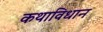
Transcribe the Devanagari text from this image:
कथाविधान